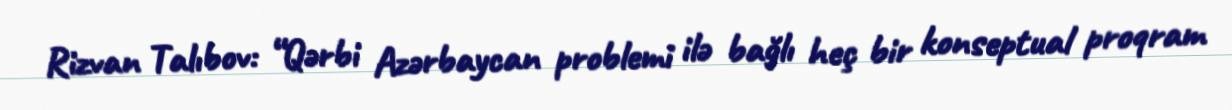
Rizvan Talıbov: “Qərbi Azərbaycan problemi ilə bağlı heç bir konseptual proqram